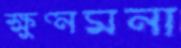
ক্ষুণ্নমনা